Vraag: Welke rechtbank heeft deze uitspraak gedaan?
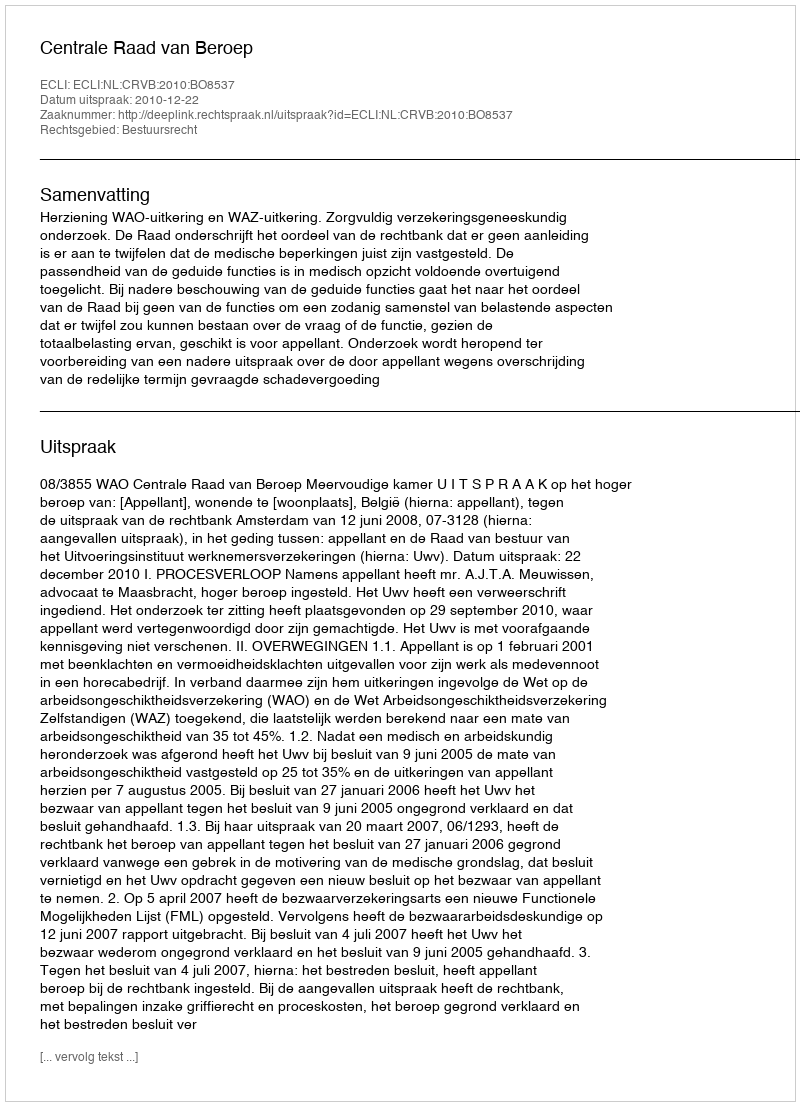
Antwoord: Centrale Raad van Beroep